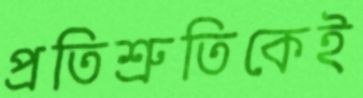
প্রতিশ্রুতিকেই